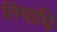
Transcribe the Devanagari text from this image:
तियाचि